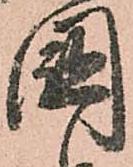
國